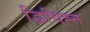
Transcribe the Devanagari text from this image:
द्विचिह्न